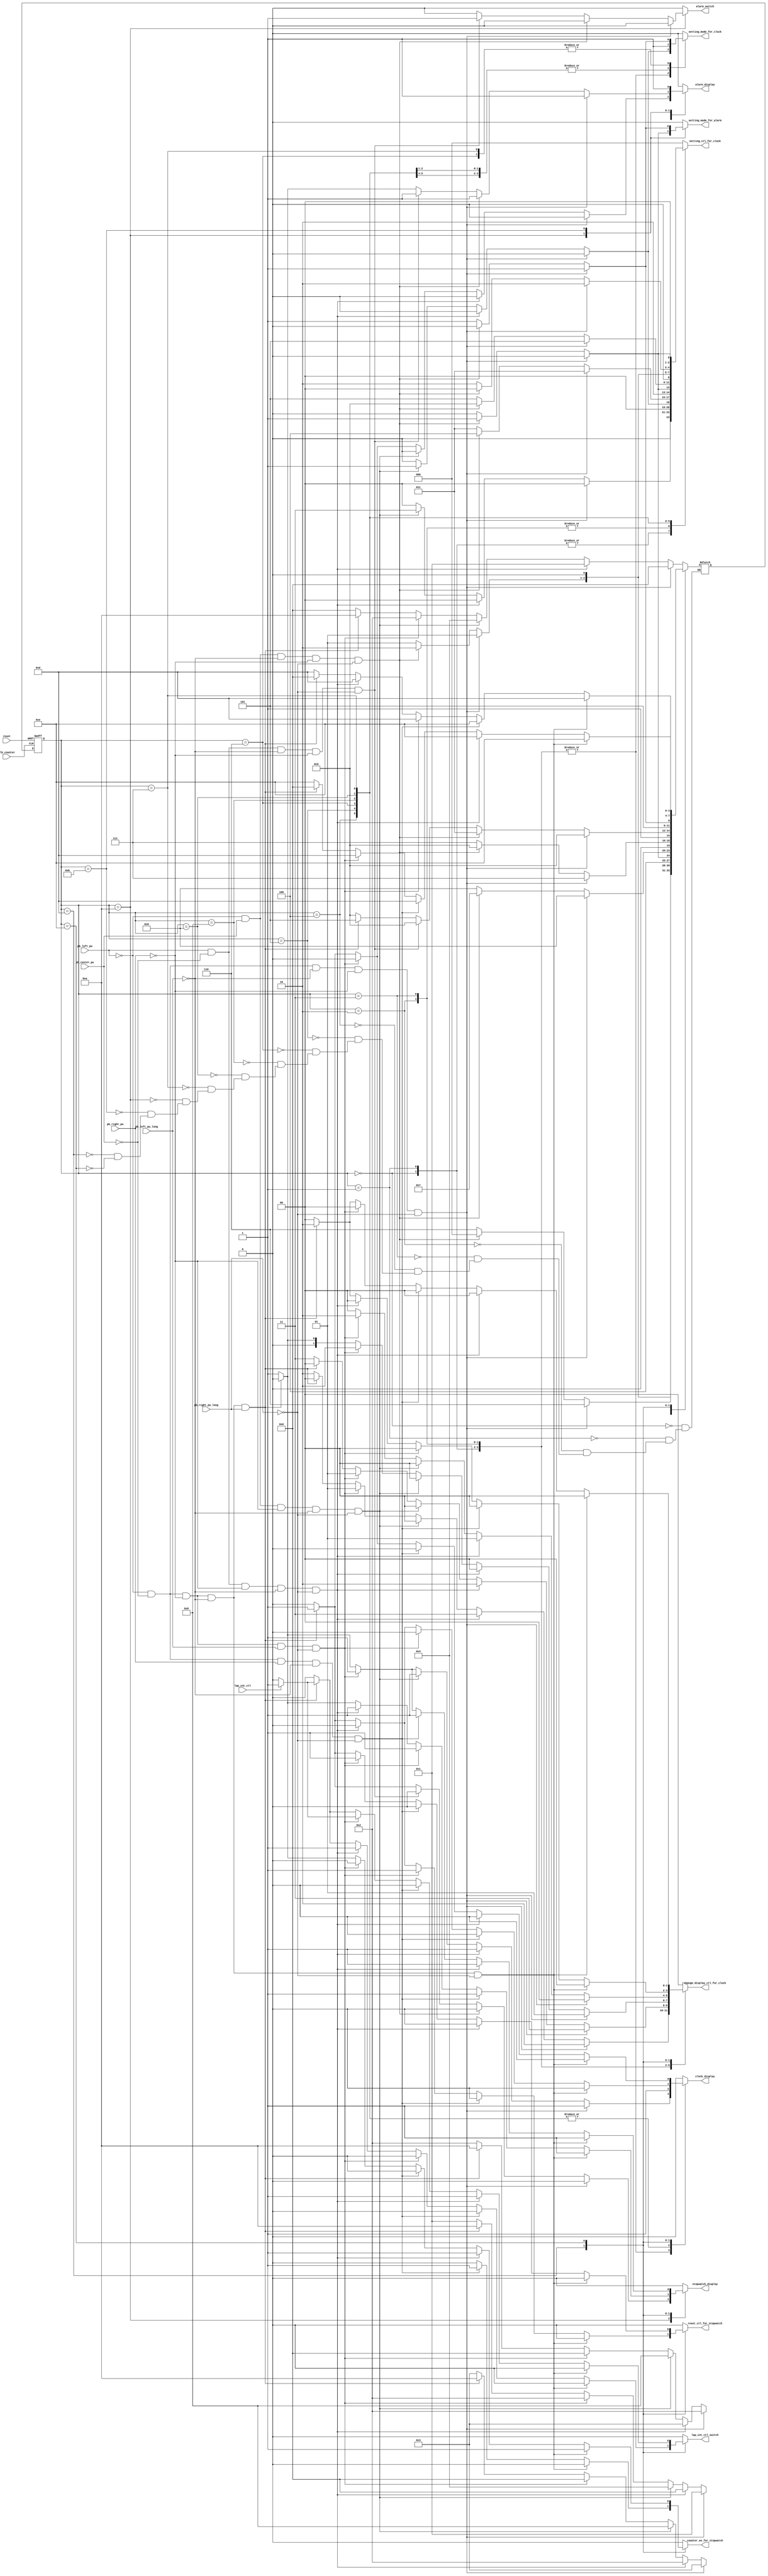
`define DIS_Y 0
`define DIS_MD 1
`define DIS_HM 2
`define DIS_S 3

`define SET_Y 0
`define SET_MON 1
`define SET_DAY 2
`define SET_HR 3
`define SET_MIN 4
`define SET_S 5

`define STA_CLK_DIS_HM 0
`define STA_CLK_DIS_S 1
`define STA_CLK_DIS_MD 2
`define STA_CLK_DIS_Y 3
`define STA_CLK_SET_H 4
`define STA_CLK_SET_MIN 5
`define STA_CLK_SET_S 6
`define STA_CLK_SET_Y 7
`define STA_CLK_SET_MON 8
`define STA_CLK_SET_D 9
`define STA_ALR_DIS 10
`define STA_ALR_SET 11

`define STA_STP_STOP 13
`define STA_STP_CNT 14


module FSM_for_multifuctioned_electronic_clock(
    input clk_counter,
    input reset,
    input pb_left_pu,
    input pb_center_pu,
    input pb_right_pu,
    input pb_left_pu_long,
    input pb_right_pu_long,
    input lap_cnt_ctl,
    output reg setting_mode_for_clock,
    output reg setting_mode_for_alarm,
    output reg [2:0] setting_ctl_for_clock,
    output reg [1:0] change_display_ctl_for_clock,
    output reg alarm_switch,
    output reg lap_cnt_ctl_switch,
    output reg counter_en_for_stopwatch,
    output reg reset_ctl_for_stopwatch,
    output reg clock_display,
    output reg alarm_display,
    output reg stopwatch_display
);
    
reg [3:0] state, next_state;
    
always @* begin
    setting_mode_for_clock = 1'b0;           
    setting_mode_for_alarm = 1'b0;     
    setting_ctl_for_clock = 3'd0;
    change_display_ctl_for_clock = 2'd0;
        
    alarm_switch = 1'b0;
        
    reset_ctl_for_stopwatch = 1'b0;
    lap_cnt_ctl_switch = 1'b0; 
    counter_en_for_stopwatch = 1'b0;
    clock_display = 1'b0;  
    alarm_display = 1'b0;   
    stopwatch_display = 1'b0;
    case (state)
        `STA_CLK_DIS_HM: begin
            if (!pb_left_pu && !pb_center_pu && !pb_left_pu_long && !pb_right_pu && !pb_right_pu_long) begin
                next_state = `STA_CLK_DIS_HM;
                change_display_ctl_for_clock = `DIS_HM;
                clock_display = 1'b1;
            end
            else if (pb_left_pu && !pb_center_pu && !pb_right_pu && !pb_left_pu_long && !pb_right_pu_long) begin
                next_state = `STA_CLK_DIS_S;
                change_display_ctl_for_clock = `DIS_S;
                clock_display = 1'b1;
            end
            else if (!pb_left_pu && pb_center_pu && !pb_right_pu && !pb_left_pu_long && !pb_right_pu_long) begin
                next_state = `STA_CLK_SET_H;
                setting_ctl_for_clock = `SET_HR;
                setting_mode_for_clock = 1'b1;
                clock_display = 1'b1;
            end
            else if (!pb_left_pu && !pb_center_pu && !pb_right_pu && pb_left_pu_long && !pb_right_pu_long) begin
                next_state = `STA_CLK_DIS_MD;
                change_display_ctl_for_clock = `DIS_MD;
                clock_display = 1'b1;
            end
            else if (!pb_left_pu && !pb_center_pu && !pb_right_pu && !pb_left_pu_long && pb_right_pu_long) begin
                next_state = `STA_ALR_DIS;
                alarm_switch = 1'b0;                    
                setting_mode_for_alarm = 1'b0;
                alarm_display = 1'b1;
            end
            else begin
                next_state = `STA_CLK_DIS_HM;
                change_display_ctl_for_clock = `DIS_HM;
                clock_display = 1'b1;
            end
        end
        `STA_CLK_DIS_S: begin
            if (!pb_left_pu && !pb_center_pu && !pb_left_pu_long && !pb_right_pu && !pb_right_pu_long) begin
                next_state = `STA_CLK_DIS_S;
                change_display_ctl_for_clock = `DIS_S;
                clock_display = 1'b1;
            end
            else if (pb_left_pu && !pb_center_pu && !pb_right_pu && !pb_left_pu_long && !pb_right_pu_long) begin
                next_state = `STA_CLK_DIS_HM;
                change_display_ctl_for_clock = `DIS_HM;
                clock_display = 1'b1;
            end
            else if (!pb_left_pu && pb_center_pu && !pb_right_pu && !pb_left_pu_long && !pb_right_pu_long) begin
                next_state = `STA_CLK_SET_H;
                setting_ctl_for_clock = `SET_HR;
                setting_mode_for_clock = 1'b1;
                clock_display = 1'b1;
            end
            else if (!pb_left_pu && !pb_center_pu && !pb_right_pu && pb_left_pu_long && !pb_right_pu_long) begin
                next_state = `STA_CLK_DIS_MD;
                change_display_ctl_for_clock = `DIS_MD;
                clock_display = 1'b1; 
            end
            else if (!pb_left_pu && !pb_center_pu && !pb_right_pu && !pb_left_pu_long && pb_right_pu_long) begin
                next_state = `STA_ALR_DIS;
                alarm_switch = 1'b0;
                setting_mode_for_alarm = 1'b0;
                alarm_display = 1'b1;
            end
            else begin
                next_state = `STA_CLK_DIS_S;
                change_display_ctl_for_clock = `DIS_S;
                clock_display = 1'b1;
            end
        end
        `STA_CLK_DIS_MD: begin
            if (!pb_left_pu && !pb_center_pu && !pb_left_pu_long && !pb_right_pu && !pb_right_pu_long) begin
                next_state = `STA_CLK_DIS_MD;
                change_display_ctl_for_clock = `DIS_MD;
                clock_display = 1'b1;
            end
            else if (pb_left_pu && !pb_center_pu && !pb_right_pu && !pb_left_pu_long && !pb_right_pu_long) begin
                next_state = `STA_CLK_DIS_Y;
                change_display_ctl_for_clock = `DIS_Y;
                clock_display = 1'b1;
            end
            else if (!pb_left_pu && pb_center_pu && !pb_right_pu && !pb_left_pu_long && !pb_right_pu_long) begin
                next_state = `STA_CLK_SET_MON;
                setting_ctl_for_clock = `SET_MON;
                setting_mode_for_clock = 1'b1;
                clock_display = 1'b1;
            end
            else if (!pb_left_pu && !pb_center_pu && !pb_right_pu && pb_left_pu_long && !pb_right_pu_long) begin
                next_state = `STA_CLK_DIS_HM;
                change_display_ctl_for_clock = `DIS_HM;
                clock_display = 1'b1; 
            end
            else if (!pb_left_pu && !pb_center_pu && !pb_right_pu && !pb_left_pu_long && pb_right_pu_long) begin
                next_state = `STA_ALR_DIS;
                alarm_switch = 1'b0;
                setting_mode_for_alarm = 1'b0;
                alarm_display = 1'b1;
            end
                else begin
                    next_state = `STA_CLK_DIS_MD;
                    change_display_ctl_for_clock = `DIS_MD;
                    clock_display = 1'b1;
                end
            end
            `STA_CLK_DIS_Y: begin
                if (!pb_left_pu && !pb_center_pu && !pb_left_pu_long && !pb_right_pu && !pb_right_pu_long) begin
                    next_state = `STA_CLK_DIS_Y;
                    change_display_ctl_for_clock = `DIS_Y;
                    clock_display = 1'b1;
                end
                else if (pb_left_pu && !pb_center_pu && !pb_right_pu && !pb_left_pu_long && !pb_right_pu_long) begin
                    next_state = `STA_CLK_DIS_MD;
                    change_display_ctl_for_clock = `DIS_MD;
                    clock_display = 1'b1;
                end
                else if (!pb_left_pu && pb_center_pu && !pb_right_pu && !pb_left_pu_long && !pb_right_pu_long) begin
                    next_state = `STA_CLK_SET_MON;
                    setting_ctl_for_clock = `SET_MON;
                    clock_display = 1'b1;
                    setting_mode_for_clock = 1'b1;
                end
                else if (!pb_left_pu && !pb_center_pu && !pb_right_pu && pb_left_pu_long && !pb_right_pu_long) begin
                    next_state = `STA_CLK_DIS_HM;
                    change_display_ctl_for_clock = `DIS_HM; 
                    clock_display = 1'b1;
                end
                else if (!pb_left_pu && !pb_center_pu && !pb_right_pu && !pb_left_pu_long && pb_right_pu_long) begin
                    next_state = `STA_ALR_DIS;
                    alarm_switch = 1'b0;
                    setting_mode_for_alarm = 1'b0;
                    alarm_display = 1'b1;
                end
                else begin
                    next_state = `STA_CLK_DIS_Y;
                    change_display_ctl_for_clock = `DIS_Y;
                    clock_display = 1'b1;
                end
            end
            `STA_CLK_SET_H: begin
                if (!pb_left_pu && !pb_center_pu && !pb_left_pu_long && !pb_right_pu && !pb_right_pu_long) begin
                    setting_mode_for_clock = 1'b1;
                    next_state = `STA_CLK_SET_H;
                    setting_ctl_for_clock = `SET_HR;
                    clock_display = 1'b1;
                end
                else if (!pb_left_pu && pb_center_pu && !pb_left_pu_long && !pb_right_pu && !pb_right_pu_long) begin
                    setting_mode_for_clock = 1'b1;
                    next_state = `STA_CLK_SET_MIN;
                    setting_ctl_for_clock = `SET_MIN;
                    clock_display = 1'b1;
                end
                else begin
                    setting_mode_for_clock = 1'b1;
                    next_state = `STA_CLK_SET_H;
                    setting_ctl_for_clock = `SET_HR;
                    clock_display = 1'b1;
                end
            end
            `STA_CLK_SET_MIN: begin
                if (!pb_left_pu && !pb_center_pu && !pb_left_pu_long && !pb_right_pu && !pb_right_pu_long) begin
                    setting_mode_for_clock = 1'b1;
                    next_state = `STA_CLK_SET_MIN;
                    setting_ctl_for_clock = `SET_MIN;
                    clock_display = 1'b1;
                end
                else if (!pb_left_pu && pb_center_pu && !pb_left_pu_long && !pb_right_pu && !pb_right_pu_long) begin
                    setting_mode_for_clock = 1'b1;
                    next_state = `STA_CLK_SET_S;
                    setting_ctl_for_clock = `SET_S;
                    clock_display = 1'b1;
                end
                else begin
                    setting_mode_for_clock = 1'b1;
                    next_state = `STA_CLK_SET_MIN;
                    setting_ctl_for_clock = `SET_MIN;
                    clock_display = 1'b1;
                end
            end
        `STA_CLK_SET_S: begin
            if (!pb_left_pu && !pb_center_pu && !pb_left_pu_long && !pb_right_pu && !pb_right_pu_long) begin
                setting_mode_for_clock = 1'b1;
                next_state = `STA_CLK_SET_S;
                setting_ctl_for_clock = `SET_S;
                clock_display = 1'b1;
            end
            else if (!pb_left_pu && pb_center_pu && !pb_left_pu_long && !pb_right_pu && !pb_right_pu_long) begin
                setting_mode_for_clock = 1'b0;
                next_state = `STA_CLK_DIS_HM;
                setting_ctl_for_clock = `DIS_HM;
                clock_display = 1'b1;
            end
            else begin
                setting_mode_for_clock = 1'b1;
                next_state = `STA_CLK_SET_S;
                setting_ctl_for_clock = `SET_S;
                clock_display = 1'b1;
            end
        end
        `STA_CLK_SET_MON: begin
            if (!pb_left_pu && !pb_center_pu && !pb_left_pu_long && !pb_right_pu && !pb_right_pu_long) begin
                setting_mode_for_clock = 1'b1;
                next_state = `STA_CLK_SET_MON;
                setting_ctl_for_clock = `SET_MON;
                clock_display = 1'b1;
            end
            else if (!pb_left_pu && pb_center_pu && !pb_left_pu_long && !pb_right_pu && !pb_right_pu_long) begin
                setting_mode_for_clock = 1'b1;
                next_state = `STA_CLK_SET_D;
                setting_ctl_for_clock = `SET_DAY;
                clock_display = 1'b1;
            end
            else begin
                setting_mode_for_clock = 1'b1;
                next_state = `STA_CLK_SET_MON;
                setting_ctl_for_clock = `SET_MON;
                clock_display = 1'b1;
            end
        end
        `STA_CLK_SET_D: begin
            if (!pb_left_pu && !pb_center_pu && !pb_left_pu_long && !pb_right_pu && !pb_right_pu_long) begin
                setting_mode_for_clock = 1'b1;
                next_state = `STA_CLK_SET_D;
                setting_ctl_for_clock = `SET_DAY;
                clock_display = 1'b1;
            end
            else if (!pb_left_pu && pb_center_pu && !pb_left_pu_long && !pb_right_pu && !pb_right_pu_long) begin
                setting_mode_for_clock = 1'b1;
                next_state = `STA_CLK_SET_Y;
                setting_ctl_for_clock = `SET_Y;
                clock_display = 1'b1;
            end
            else begin
                setting_mode_for_clock = 1'b1;
                next_state = `STA_CLK_SET_D;
                setting_ctl_for_clock = `SET_DAY;
                clock_display = 1'b1;
            end
        end
        `STA_CLK_SET_Y: begin
            if (!pb_left_pu && !pb_center_pu && !pb_left_pu_long && !pb_right_pu && !pb_right_pu_long) begin
                setting_mode_for_clock = 1'b1;
                next_state = `STA_CLK_SET_Y;
                setting_ctl_for_clock = `SET_Y;
                clock_display = 1'b1;
            end
            else if (!pb_left_pu && pb_center_pu && !pb_left_pu_long && !pb_right_pu && !pb_right_pu_long) begin
                setting_mode_for_clock = 1'b0;
                next_state = `STA_CLK_DIS_MD;
                setting_ctl_for_clock = `DIS_MD;
                clock_display = 1'b1;
                
            end
            else begin
                setting_mode_for_clock = 1'b1;
                next_state = `STA_CLK_SET_Y;
                setting_ctl_for_clock = `SET_Y;
                clock_display = 1'b1;
            end
        end
        `STA_ALR_DIS: begin
            if (!pb_left_pu && !pb_center_pu && !pb_left_pu_long && !pb_right_pu && !pb_right_pu_long) begin
                next_state = `STA_ALR_DIS;
                setting_mode_for_alarm = 1'b0;
                alarm_switch = 1'b0;
                alarm_display = 1'b1;
            end
            else if (!pb_left_pu && pb_center_pu && !pb_left_pu_long && !pb_right_pu && !pb_right_pu_long) begin
                next_state = `STA_ALR_SET;
                setting_mode_for_alarm = 1'b1;
                alarm_switch = 1'b0;
                alarm_display = 1'b1;
            end
            else if (pb_left_pu && !pb_center_pu && !pb_left_pu_long && !pb_right_pu && !pb_right_pu_long) begin
                next_state = `STA_ALR_DIS;
                setting_mode_for_alarm = 1'b0;
                alarm_switch = 1'b1;
                alarm_display = 1'b1;
            end
            else if (!pb_left_pu && !pb_center_pu && !pb_right_pu && !pb_left_pu_long && pb_right_pu_long) begin
                next_state = `STA_STP_STOP;
                counter_en_for_stopwatch = 1'b0;
                lap_cnt_ctl_switch = 1'b0;
                stopwatch_display = 1'b1;
            end
            else begin
                next_state = `STA_ALR_DIS;
                setting_mode_for_alarm = 1'b0;
                alarm_switch = 1'b0;
                alarm_display = 1'b1;
            end
        end
        `STA_ALR_SET: begin
            if (!pb_left_pu && !pb_center_pu && !pb_left_pu_long && !pb_right_pu && !pb_right_pu_long) begin
                next_state = `STA_ALR_SET;
                setting_mode_for_alarm = 1'b1;
                alarm_switch = 1'b0;
                alarm_display = 1'b1;
            end
            else if (!pb_left_pu && pb_center_pu && !pb_left_pu_long && !pb_right_pu && !pb_right_pu_long) begin
                next_state = `STA_ALR_DIS;
                setting_mode_for_alarm = 1'b0;
                alarm_switch = 1'b0;
                alarm_display = 1'b1;
            end
            else begin
                next_state = `STA_ALR_SET;
                setting_mode_for_alarm = 1'b1;
                alarm_switch = 1'b0; 
                alarm_display = 1'b1;
            end
        end
        `STA_STP_STOP: begin
            if (!pb_left_pu && !pb_center_pu && !pb_right_pu && !pb_left_pu_long && !pb_right_pu_long) begin
                next_state = `STA_STP_STOP;
                counter_en_for_stopwatch = 1'b0;
                lap_cnt_ctl_switch = 1'b0;
                reset_ctl_for_stopwatch = 1'b0;
                stopwatch_display = 1'b1;
            end
            else if (!pb_left_pu && !pb_center_pu && pb_right_pu && !pb_left_pu_long && !pb_right_pu_long) begin
                next_state = `STA_STP_CNT;
                counter_en_for_stopwatch = 1'b1;
                lap_cnt_ctl_switch = 1'b0;
                reset_ctl_for_stopwatch = 1'b0;
                stopwatch_display = 1'b1;
            end
            else if (!pb_left_pu && !pb_center_pu && !pb_right_pu && pb_left_pu_long && !pb_right_pu_long) begin
                next_state = `STA_STP_STOP;
                counter_en_for_stopwatch = 1'b0;
                lap_cnt_ctl_switch = 1'b0;
                reset_ctl_for_stopwatch = 1'b1;
                stopwatch_display = 1'b1;
            end
            else if (pb_left_pu && !pb_center_pu && !pb_right_pu && !pb_left_pu_long && !pb_right_pu_long) begin
                next_state = `STA_STP_STOP;
                counter_en_for_stopwatch = 1'b0;
                lap_cnt_ctl_switch = 1'b1;
                reset_ctl_for_stopwatch = 1'b0;
                stopwatch_display = 1'b1;
            end
            else if (!pb_left_pu && !pb_center_pu && !pb_right_pu && !pb_left_pu_long && pb_right_pu_long) begin
                next_state = `STA_CLK_DIS_HM;
                change_display_ctl_for_clock = `DIS_HM;
                counter_en_for_stopwatch = 1'b0;
                reset_ctl_for_stopwatch = 1'b1;
                if (lap_cnt_ctl == 1'b1) lap_cnt_ctl_switch = 1'b1;
                else lap_cnt_ctl_switch = 1'b0;
                clock_display = 1'b1;
            end
            else begin
                next_state = `STA_STP_STOP;
                counter_en_for_stopwatch = 1'b0;
                lap_cnt_ctl_switch = 1'b0;
                reset_ctl_for_stopwatch = 1'b0;
                stopwatch_display = 1'b1;
            end
        end
        `STA_STP_CNT: begin
            if (!pb_left_pu && !pb_center_pu && !pb_right_pu && !pb_left_pu_long && !pb_right_pu_long) begin
                next_state = `STA_STP_CNT;
                counter_en_for_stopwatch = 1'b1;
                lap_cnt_ctl_switch = 1'b0;
                reset_ctl_for_stopwatch = 1'b0;
                stopwatch_display = 1'b1;
            end
            else if (pb_left_pu && !pb_center_pu && !pb_right_pu && !pb_left_pu_long && !pb_right_pu_long) begin
                next_state = `STA_STP_CNT;
                counter_en_for_stopwatch = 1'b1;
                lap_cnt_ctl_switch = 1'b1;
                reset_ctl_for_stopwatch = 1'b0;
                stopwatch_display = 1'b1;
            end
            else if (!pb_left_pu && !pb_center_pu && pb_right_pu && !pb_left_pu_long && !pb_right_pu_long) begin
                next_state = `STA_STP_STOP;
                counter_en_for_stopwatch = 1'b0;
                lap_cnt_ctl_switch = 1'b0;
                reset_ctl_for_stopwatch = 1'b0;
                stopwatch_display = 1'b1;
            end
            else if (!pb_left_pu && !pb_center_pu && !pb_right_pu && pb_left_pu_long && !pb_right_pu_long) begin
                next_state = `STA_STP_STOP;
                counter_en_for_stopwatch = 1'b0;
                if (lap_cnt_ctl == 1'b1) lap_cnt_ctl_switch = 1'b1;
                else lap_cnt_ctl_switch = 1'b0;
                reset_ctl_for_stopwatch = 1'b1;
                stopwatch_display = 1'b1;
            end
            else if (!pb_left_pu && !pb_center_pu && !pb_right_pu && !pb_left_pu_long && pb_right_pu_long) begin
                next_state = `STA_CLK_DIS_HM;
                change_display_ctl_for_clock = `DIS_HM;
                counter_en_for_stopwatch = 1'b0;
                reset_ctl_for_stopwatch = 1'b1;
                if (lap_cnt_ctl == 1'b1) lap_cnt_ctl_switch = 1'b1;
                else lap_cnt_ctl_switch = 1'b0;
                clock_display = 1'b1;
            end
            else begin
                next_state = `STA_STP_CNT;
                counter_en_for_stopwatch = 1'b1;
                lap_cnt_ctl_switch = 1'b0;
                reset_ctl_for_stopwatch = 1'b0;
                stopwatch_display = 1'b1;
            end  
        end
    endcase
end
    
always @(posedge clk_counter or negedge reset)
    if (~reset)
        state <= `STA_CLK_DIS_HM;
    else
        state <= next_state;         
endmodule